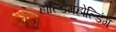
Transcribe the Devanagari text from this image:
होल्डिंगहोल्डिंग